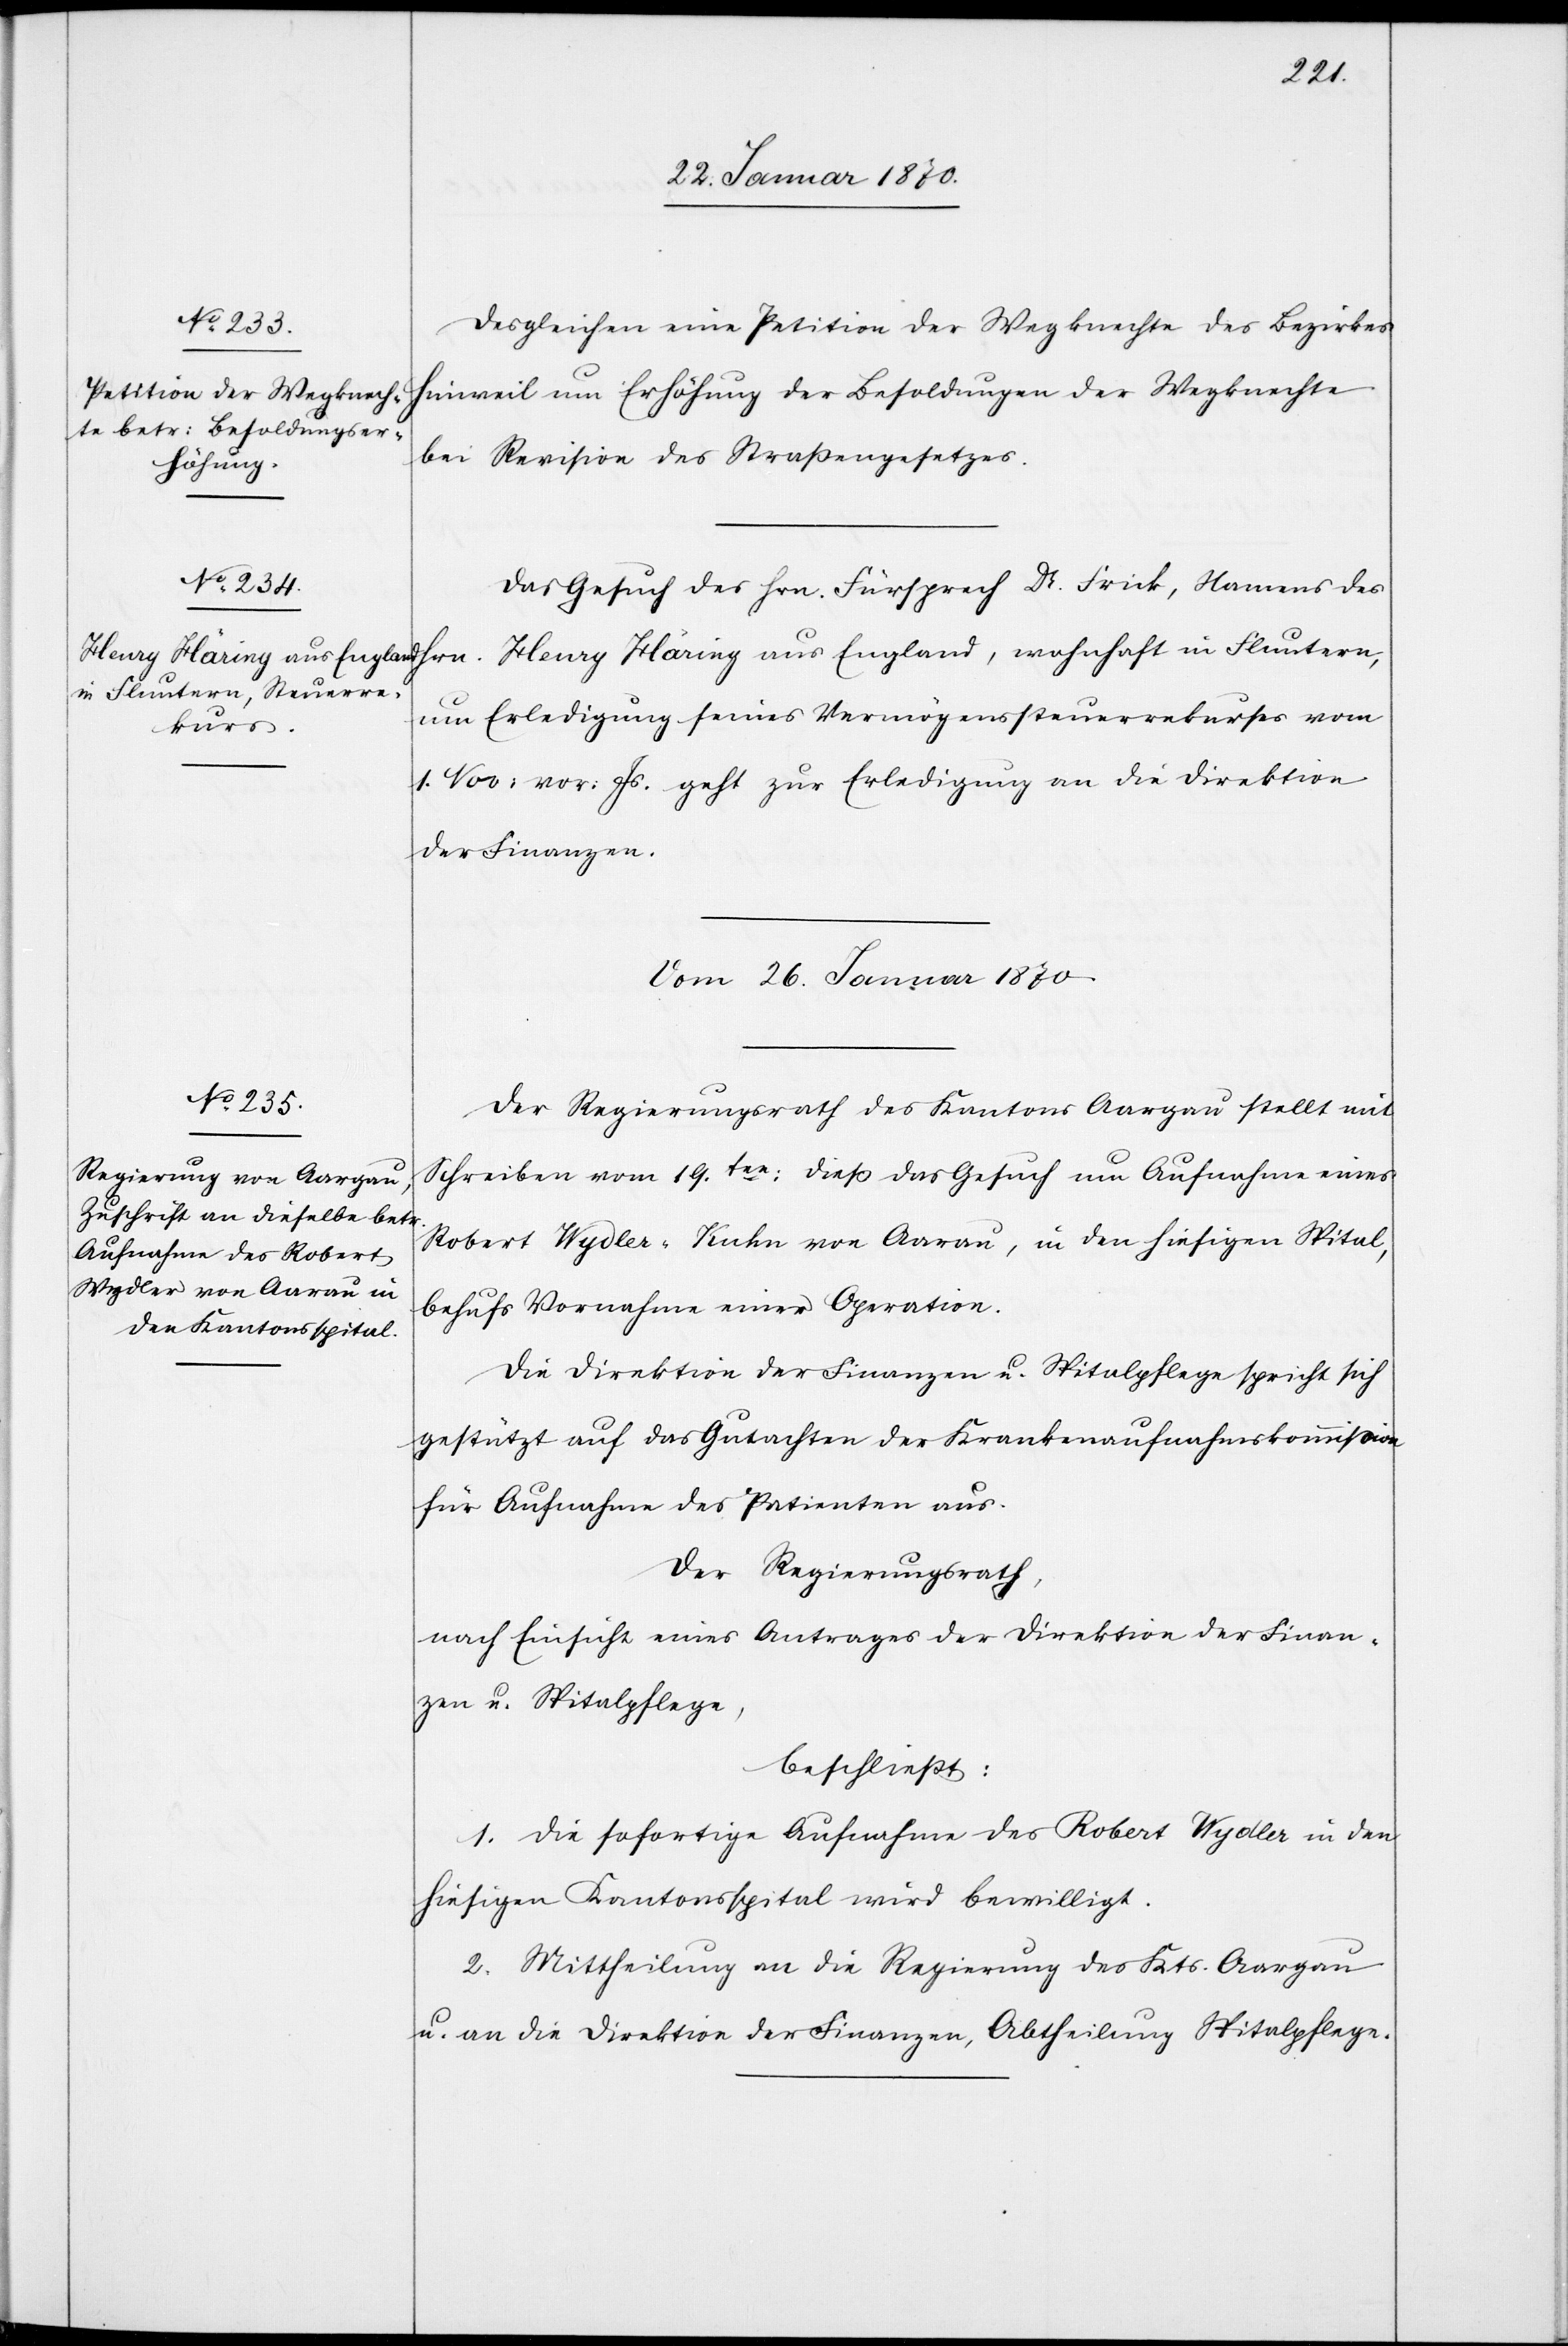
25 Januar 1870.]
Desgleichen eine Petition der Wegknechte des Bezirkes
Hinweil um Erhöhung der Besoldungen der Wegknechte
bei Revision des Straßengesetzes.
Das Gesuch des Hrn. Fürsprech Dr. Frick, Namens des
um Erledigung seines Vermögenssteuerrekurses vom
1. Nov: vor: Js. geht zur Erledigung an die Direktion
der Finanzen.
Vom 26. Januar 1870
Der Regierungsrath des Kantons Aargau stellt mit
Schreiben vom 19.ten: dieß das Gesuch um Aufnahme eines
Robert Wydler-Kuhn von Aarau, in den hiesigen Spital,
behufs Vornahme einer Operation.
Die Direktion der Finanzen u. Spitalpflege spricht sich
gestützt auf das Gutachten der Krankenaufnahmskommission
für Aufnahme des Patienten aus.
Der Regierungsrath,
nach Einsicht eines Antrages der Direktion der Finan¬
zen u. Spitalpflege,
beschließt:
1. Die sofortige Aufnahme des Robert Wydler in den
hiesigen Kantonsspital wird bewilligt.
2. Mittheilung an die Regierung des Kts. Aargau
u. an die Direktion der Finanzen, Abtheilung Spitalpflege.